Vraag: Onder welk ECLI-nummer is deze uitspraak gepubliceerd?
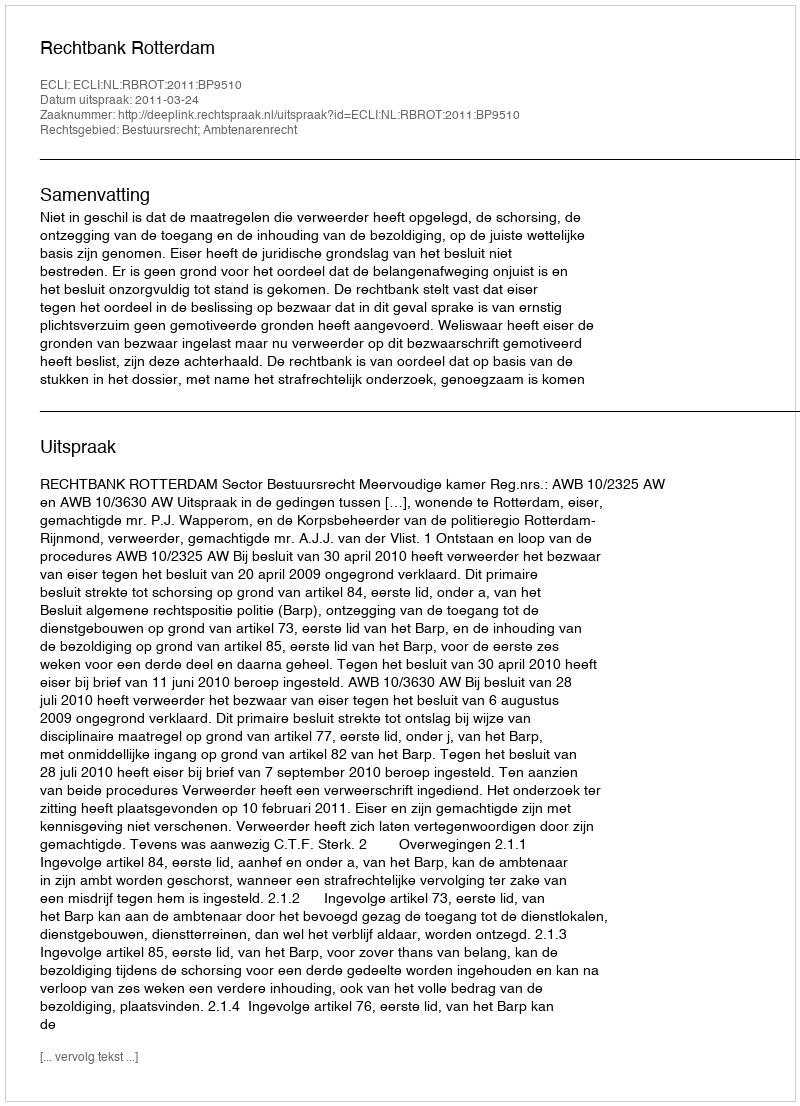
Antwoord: ECLI:NL:RBROT:2011:BP9510